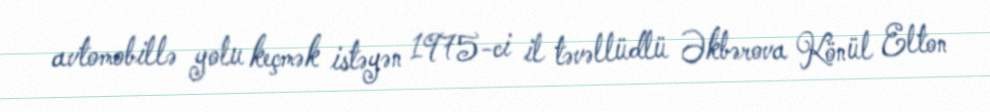
avtomobillə yolu keçmək istəyən 1975-ci il təvəllüdlü Əkbərova Könül Elton